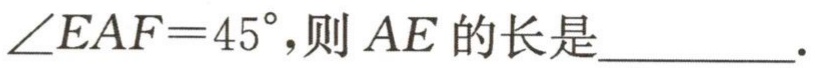
$\angle EAF = 45^{\circ}，则AE的长是\underline{\qquad\qquad}.$